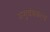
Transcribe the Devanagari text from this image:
अणुचंबकत्व